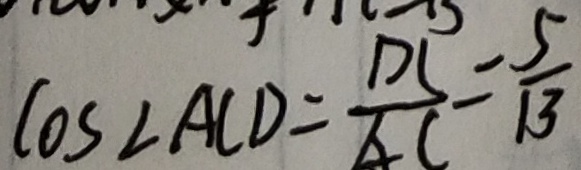
\cos \angle A C D = \frac { D C } { A C } = \frac { 5 } { 1 3 }